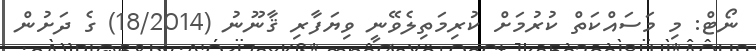
ނޯޓް: މި މަސައްކަތް ކުރުމަށް ކުރިމަތިލެވޭނީ ވިޔަފާރި ޤާނޫނު (18/2014) ގެ ދަށުން